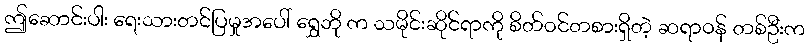
ဤဆောင်းပါး ရေးသားတင်ပြမှုအပေါ် ရွှေဘို က သမိုင်းဆိုင်ရာကို စိတ်ဝင်တစားရှိတဲ့ ဆရာဝန် တစ်ဦးက